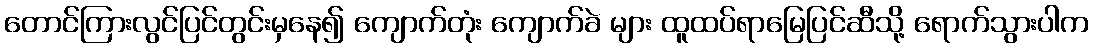
တောင်ကြားလွင်ပြင်တွင်းမှနေ၍ ကျောက်တုံး ကျောက်ခဲ များ ထူထပ်ရာမြေပြင်ဆီသို့ ရောက်သွားပါက